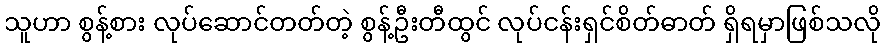
သူဟာ စွန့်စား လုပ်ဆောင်တတ်တဲ့ စွန့်ဦးတီထွင် လုပ်ငန်းရှင်စိတ်ဓာတ် ရှိရမှာဖြစ်သလို